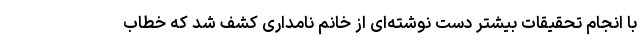
با انجام تحقیقات بیشتر دست ‌نوشته‌ای از خانم نامداری کشف شد که خطاب